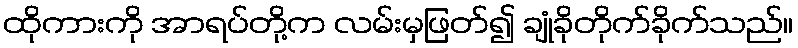
ထိုကားကို အာရပ်တို့က လမ်းမှဖြတ်၍ ချုံခိုတိုက်ခိုက်သည်။